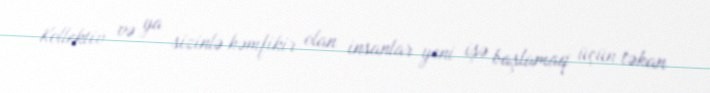
Kollektiv və ya sizinlə həmfikir olan insanlar yeni işə başlamaq üçün təkan